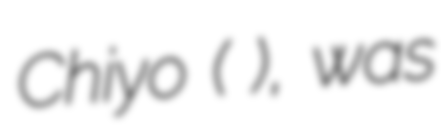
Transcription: Chiyo (望月 千代), was